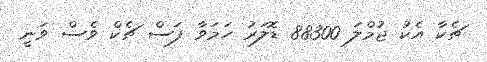
ޗެކާ އެކު ޖުމްލަ 88300 ޑޮލަރު ހަމަވާ ފަސް ޗެކް ވެސް ވަނީ